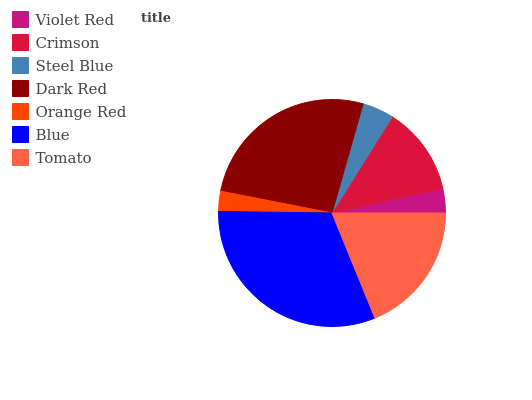
| Violet Red | Crimson | Steel Blue | Dark Red | Orange Red | Blue | Tomato |
 | --- | --- | --- | --- | --- | --- | --- |
 | 3.49% | 12.6% | 4.5% | 26.3% | 2.87% | 31.4% | 18.8% |